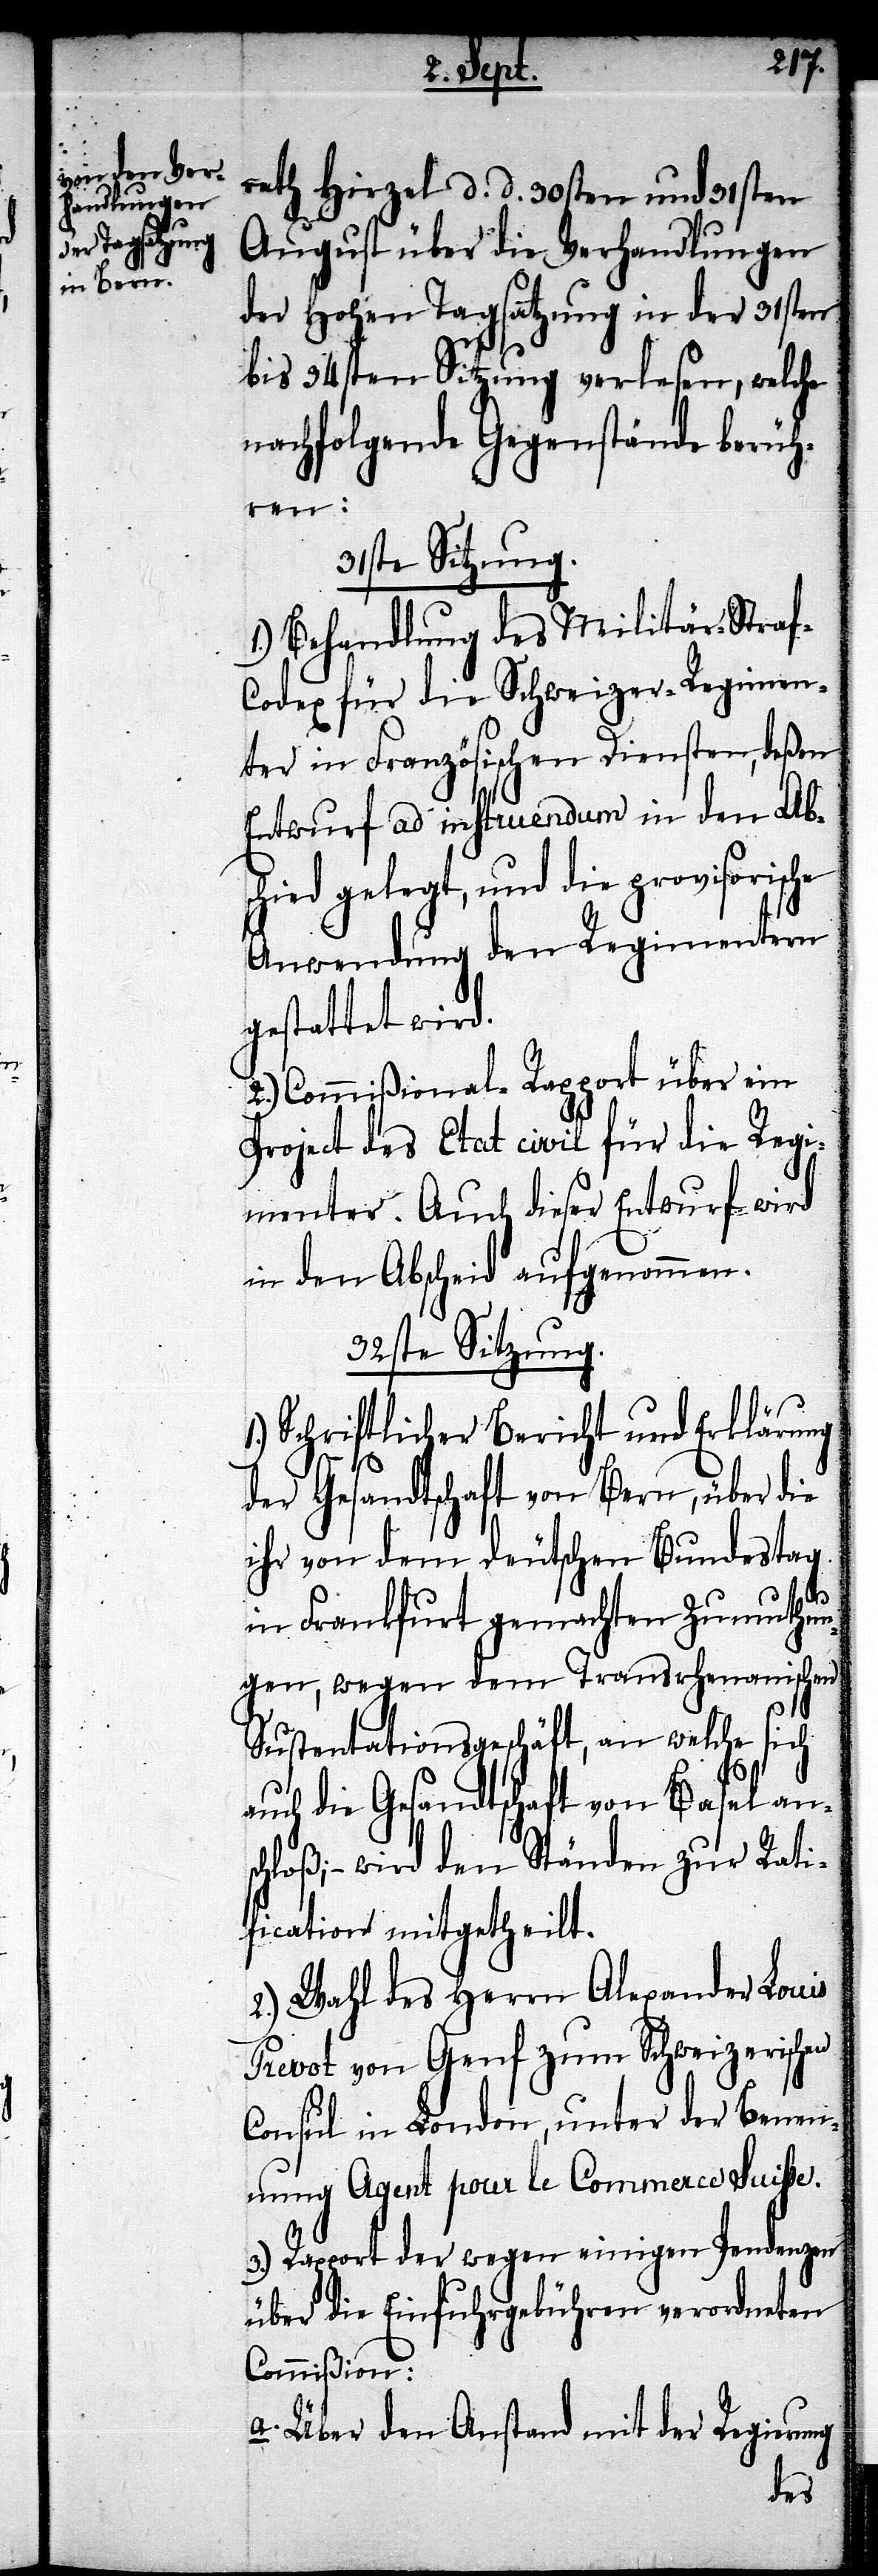
rath Hirzel d. d. 30sten und 31sten
August über die Verhandlungen
der hohen Tagsatzung in der 31sten
bis 34sten Sitzung verlesen, welche
nachfolgende Gegenstände berüh¬
ren:
31ste Sitzung.
1.) Behandlung des Militär-Stra¬
odex für die Schweizer-Regimen¬
ter in Französischen Diensten, deßen
Entwurf ad influendum in den Abs¬
chied gelegt, und die provisorische
Anwendung den Regimentern
gestattet wird.
2.) Commißional-Rapport über ein
Project des Etat civil für die Regi¬
menter. Auch dieser Entwurf wird
in den Abscheid aufgenommen.
32ste Sitzung.
1.) Schriftlicher Bericht und Erklärung
der Gesandtschaft von Bern, über die
ihr von dem deutschen Bundestag
f-C¬
in Frankfurt gemachten Zumuthun¬
gen, wegen dem Transrhenanischen
Sustentationsgeschäft, an welche sich
auch die Gesandtschaft von Basel ans¬
chloß; – wird den Ständen zur Rati¬
fication mitgetheilt.
2.) Wahl des Herrn Alexander Louis
Prevot von Genf zum Schweizerischen
Consul in London, unter der Benen¬
nung Agent pour le Commerce Suisse.
3.) Rapport der wegen einigen Pendenzen
über die Einfuhrgebühren verordneten
Commißion:
a. Über den Anstand mit der Regierung